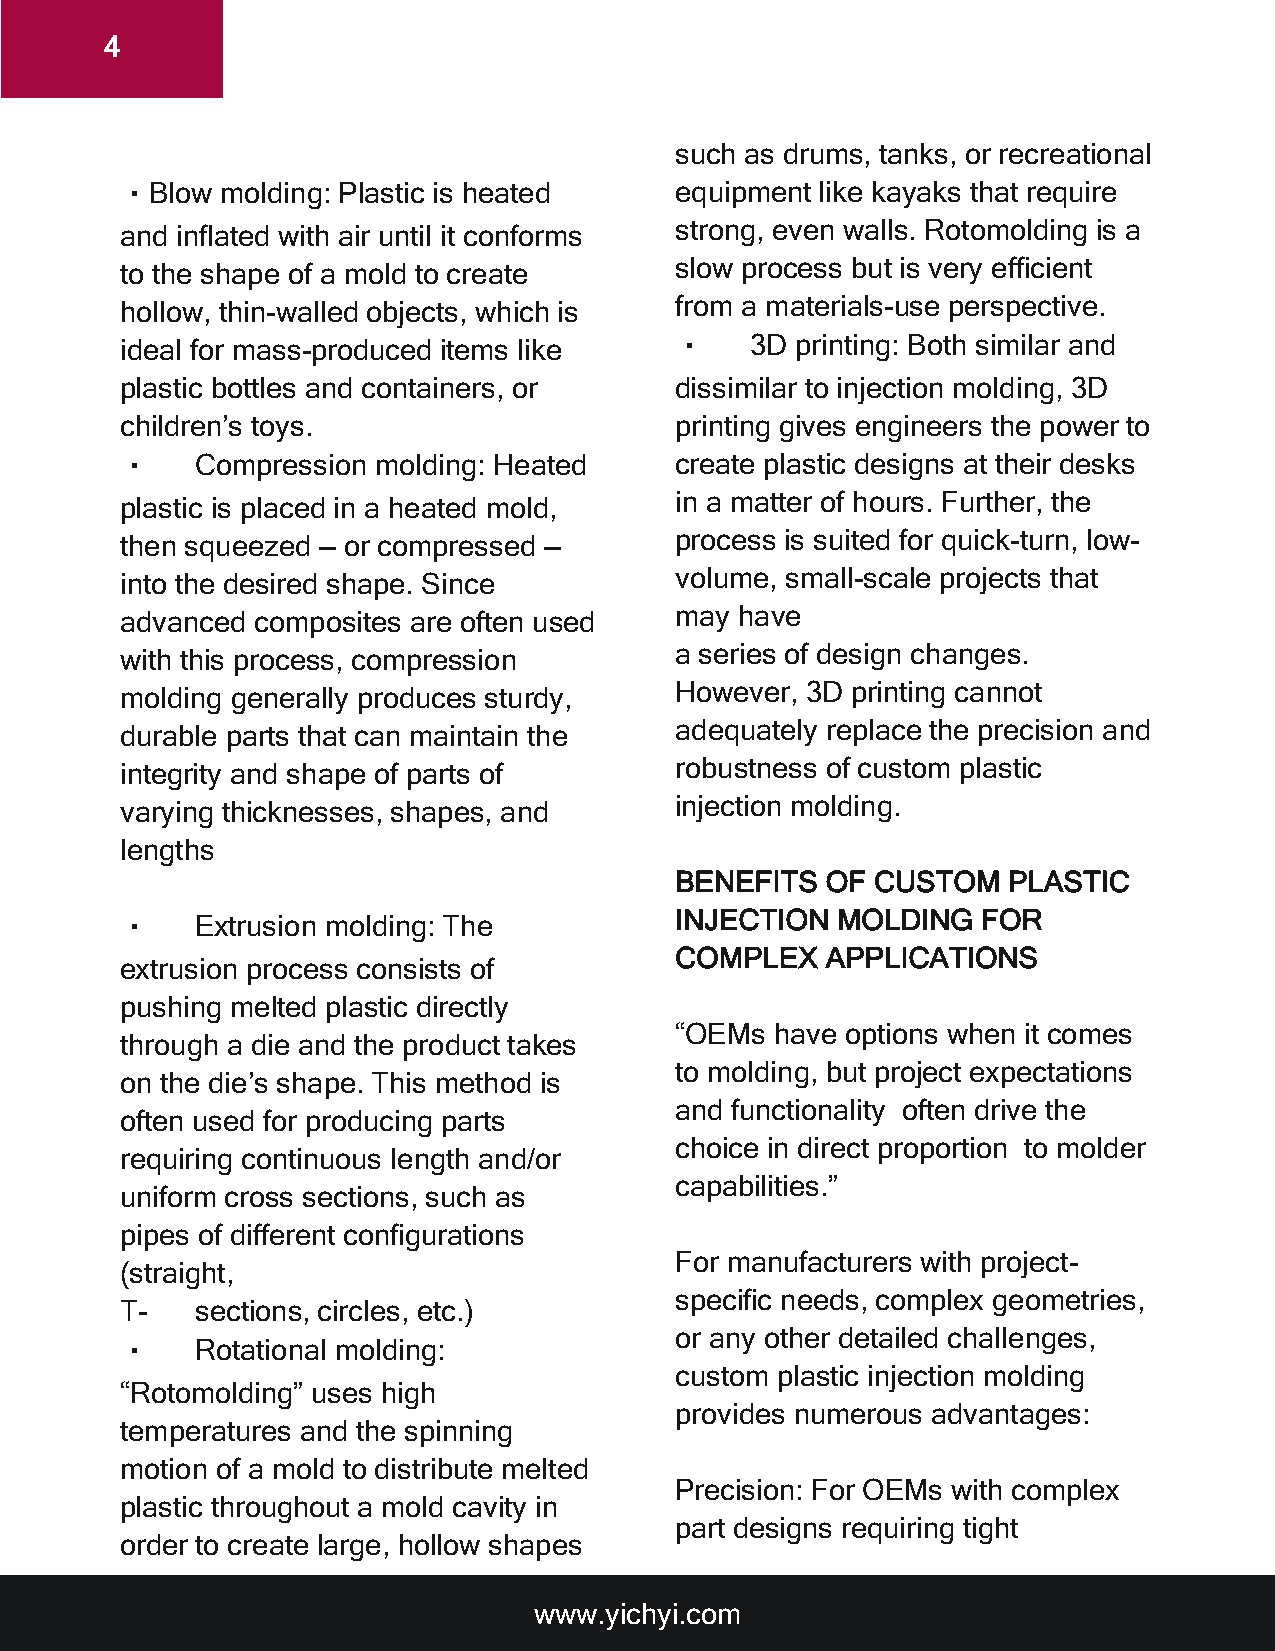
4
 such as drums, tanks, or recreational
 •Blow  molding: Plastic is heated    equipment like kayaks that require
 and inflated with air until it conforms strong, even walls. Rotomolding is a
 to the shape of a mold to create     slow process but is very efficient
 hollow, thin-walled objects, which is from a materials-use perspective.
 ideal for mass-produced items like   •    3D printing: Both similar and
 plastic bottles and containers, or   dissimilar to injection molding, 3D
 children’s toys.                     printing gives engineers the power to
 •    Compression molding: Heated     create plastic designs at their desks
 plastic is placed in a heated mold,  in a matter of hours. Further, the
 then squeezed — or compressed —      process is suited for quick-turn, low-
 into the desired shape. Since        volume, small-scale projects that
 advanced composites are often used   may have
 with this process, compression       a series of design changes.
 molding generally produces sturdy,   However, 3D printing cannot
 durable parts that can maintain the  adequately replace the precision and
 integrity and shape of parts of      robustness of custom plastic
 varying thicknesses, shapes, and     injection molding.
 lengths
 BENEFITS  OF CUSTOM   PLASTIC
 •    Extrusion molding: The          INJECTION MOLDING   FOR
 COMPLEX   APPLICATIONS
 extrusion process consists of
 pushing melted plastic directly
 “OEMs have options when it comes
 through a die and the product takes
 to molding, but project expectations
 on the die’s shape. This method is
 and functionality often drive the
 often used for producing parts
 choice in direct proportion to molder
 requiring continuous length and/or
 capabilities.”
 uniform cross sections, such as
 pipes of different configurations
 For manufacturers with project-
 (straight,
 specific needs, complex geometries,
 T-   sections, circles, etc.)
 or any other detailed challenges,
 •    Rotational molding:
 custom plastic injection molding
 “Rotomolding” uses high
 provides numerous advantages:
 temperatures and the spinning
 motion of a mold to distribute melted
 Precision: For OEMs with complex
 plastic throughout a mold cavity in
 part designs requiring tight
 order to create large, hollow shapes
 www.yichyi.com